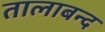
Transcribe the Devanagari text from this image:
तालाबन्द